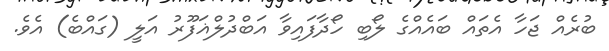
ބުރެއް ޖަހާ އެތައް ބައެއްގެ ލޯބި ހޯދާފައިވާ އަބްދުލްޣަފޫރު އަލީ (ގައްބެ) އެވެ.